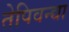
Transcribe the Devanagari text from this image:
तेपिवन्द्या